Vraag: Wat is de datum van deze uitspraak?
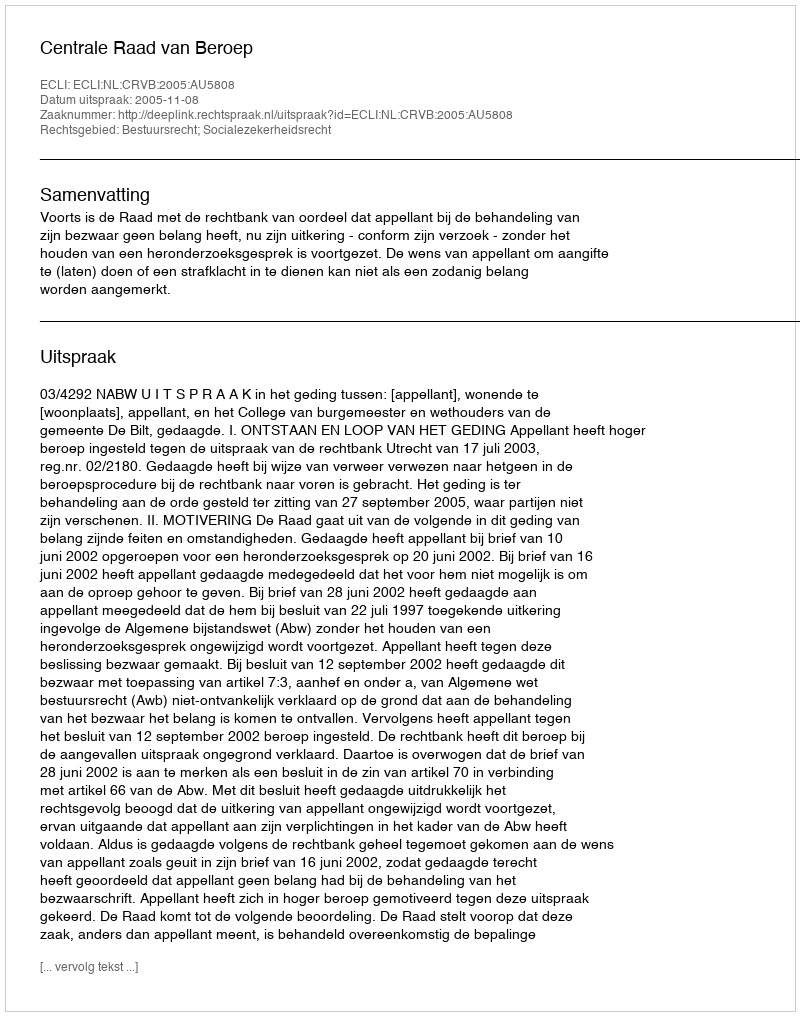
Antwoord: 2005-11-08